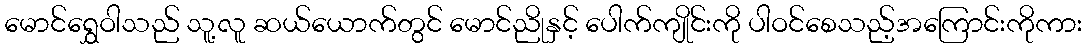
မောင်ရွှေဝါသည် သူ့လူ ဆယ်ယောက်တွင် မောင်ညိုနှင့် ပေါက်ကျိုင်းကို ပါဝင်စေသည့်အကြောင်းကိုကား